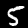
Digit: 5